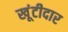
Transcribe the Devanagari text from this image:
खूंटीदार